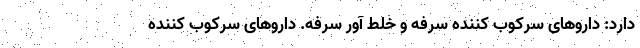
دارد: داروهای سرکوب کننده سرفه و خلط آور سرفه. داروهای سرکوب کننده